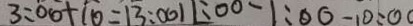
3 : 0 0 + 1 0 = 1 3 : 0 0 1 1 : 0 0 - 1 : 0 0 = 1 0 : 0 0